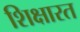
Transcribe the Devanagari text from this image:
शिक्षारत